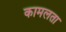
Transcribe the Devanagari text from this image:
कामलता